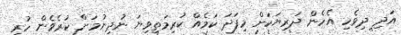
އަދި ދިވެހި އެހެން ދަރިޔަކަށް މިފަދަ ކަމެއް ކުރިމަތިވިޔަ ނުދިނުމަށް ކުރެވެން ހުރި